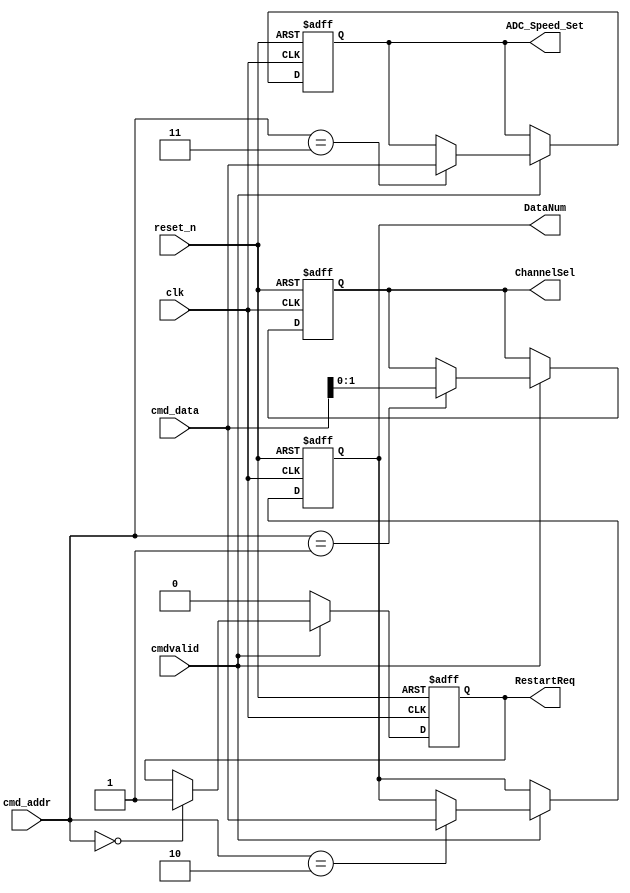
`timescale 1ns / 1ps
//////////////////////////////////////////////////////////////////////////////////
// Company: 
// Engineer: 
// 
// Design Name: 
// Module Name: uart_cmd_rx
// Project Name: 
// Target Devices: 
// Tool Versions: 
// Description: 
// 
// Dependencies: 
// 
// Revision:
// Revision 0.01 - File Created
// Additional Comments:
// 
//////////////////////////////////////////////////////////////////////////////////

//01,1000
module cmd_rx(
    clk,
    reset_n,
	 
	 cmdvalid,
    cmd_addr,
    cmd_data,
	 
    ChannelSel,
    DataNum,
	 ADC_Speed_Set,
    RestartReq
);
    input clk;
    input reset_n;
    input [31:0]cmd_data;
    input cmdvalid;
    input [7:0]cmd_addr;
	 
    output reg [1:0]ChannelSel;
    output reg [31:0]DataNum;
	 output reg [31:0]ADC_Speed_Set;
    output reg RestartReq;
      
    always@(posedge clk or negedge reset_n)
    if(!reset_n)begin
      ChannelSel <= 2'b00;
      DataNum <= 32'd0;
      RestartReq <= 1'b0;
	   ADC_Speed_Set <= 32'd0; //50M
    end
    else if(cmdvalid)begin
      case(cmd_addr)
          0: RestartReq <= 1'b1;
          1: ChannelSel <= cmd_data[1:0];
          2: DataNum <= cmd_data[31:0];
			 3: ADC_Speed_Set <= cmd_data[31:0];
			 
      default:;
      endcase
    end
    else
      RestartReq <= 1'b0;			
endmodule